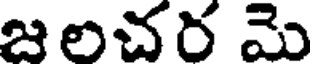
జలచర మె